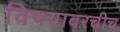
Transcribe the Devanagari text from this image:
विषयावरचीच